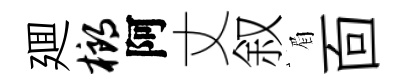
廽榔阿丈叙眉靣